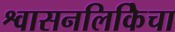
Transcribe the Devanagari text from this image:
श्वासनलिकिेचा